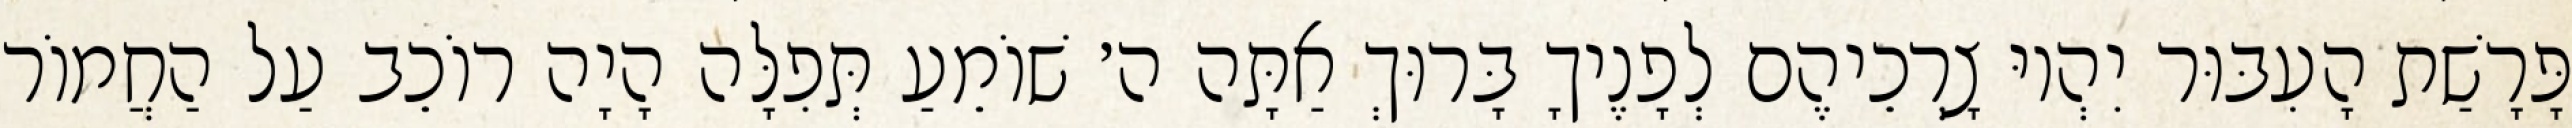
פָּרָשַׁת הָעִבּוּר יִהְיוּ צָרְכֵיהֶם לְפָנֶיךָ בָּרוּךְ אַתָּה ה׳ שׁוֹמֵעַ תְּפִלָּה הָיָה רוֹכֵב עַל הַחֲמוֹר